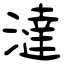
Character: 澾